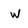
Character: w